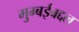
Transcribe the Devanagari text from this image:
मुम्बईबद्दल